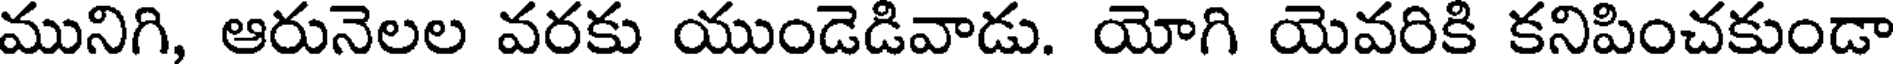
మునిగి, ఆరునెలల వరకు యుండెడివాడు. యోగి యెవరికి కనిపించకుండా